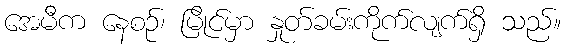
အေမီက နေစဉ်၊ မြိုင်မှာ နှုတ်ခမ်းကိုက်လျက်ရှိ သည်။